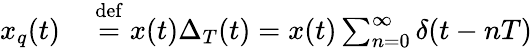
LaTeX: \begin{array}{rl}{x_{q}(t)\ }&{{}{\stackrel{\mathrm{def}}{=}}\ x(t)\Delta_{T}(t)=x(t)\sum_{n=0}^{\infty}\delta(t-nT)}\end{array}